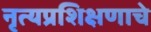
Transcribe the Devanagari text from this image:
नृत्यप्रशिक्षणाचे